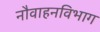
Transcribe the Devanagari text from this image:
नौवाहनविभाग